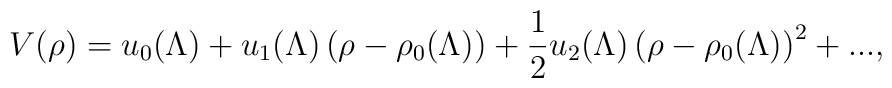
V(\rho )=u_{0}(\Lambda )+u_{1}(\Lambda )\left( \rho -\rho _{0}(\Lambda)\right) +\frac{1}{2}u_{2}(\Lambda )\left( \rho -\rho _{0}(\Lambda )\right)^{2}+...,